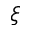
\xi